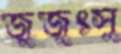
জুজুৎসু